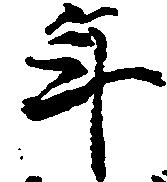
年